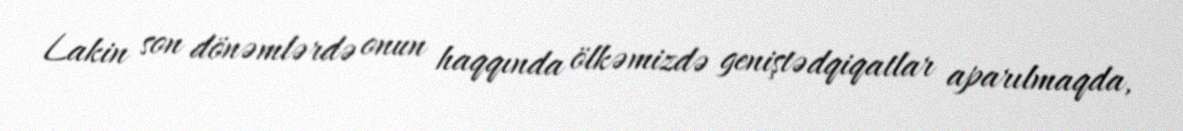
Lakin son dönəmlərdə onun haqqında ölkəmizdə geniştədqiqatlar aparılmaqda,